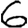
Digit: 6